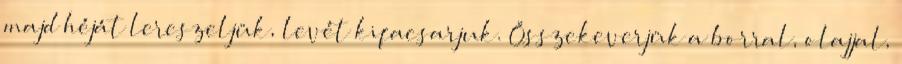
majd héját lereszeljük, levét kifacsarjuk. Összekeverjük a borral, olajjal,